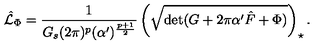
\hat { \cal L } _ { \Phi } = \frac { 1 } { G _ { s } ( 2 \pi ) ^ { p } ( \alpha ^ { \prime } ) ^ { \frac { p + 1 } { 2 } } } \left( \sqrt { \mathrm { d e t } ( G + 2 \pi \alpha ^ { \prime } \hat { F } + \Phi ) } \right) _ { \star } .